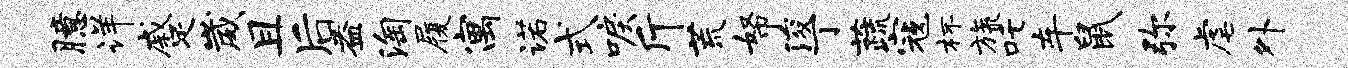
臆详蹙崴且后益淘履寓诺式唳斤荒帑浚丁蔬寇杯旒吒车鼠弥虐外